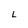
Character: L